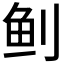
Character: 𬶀